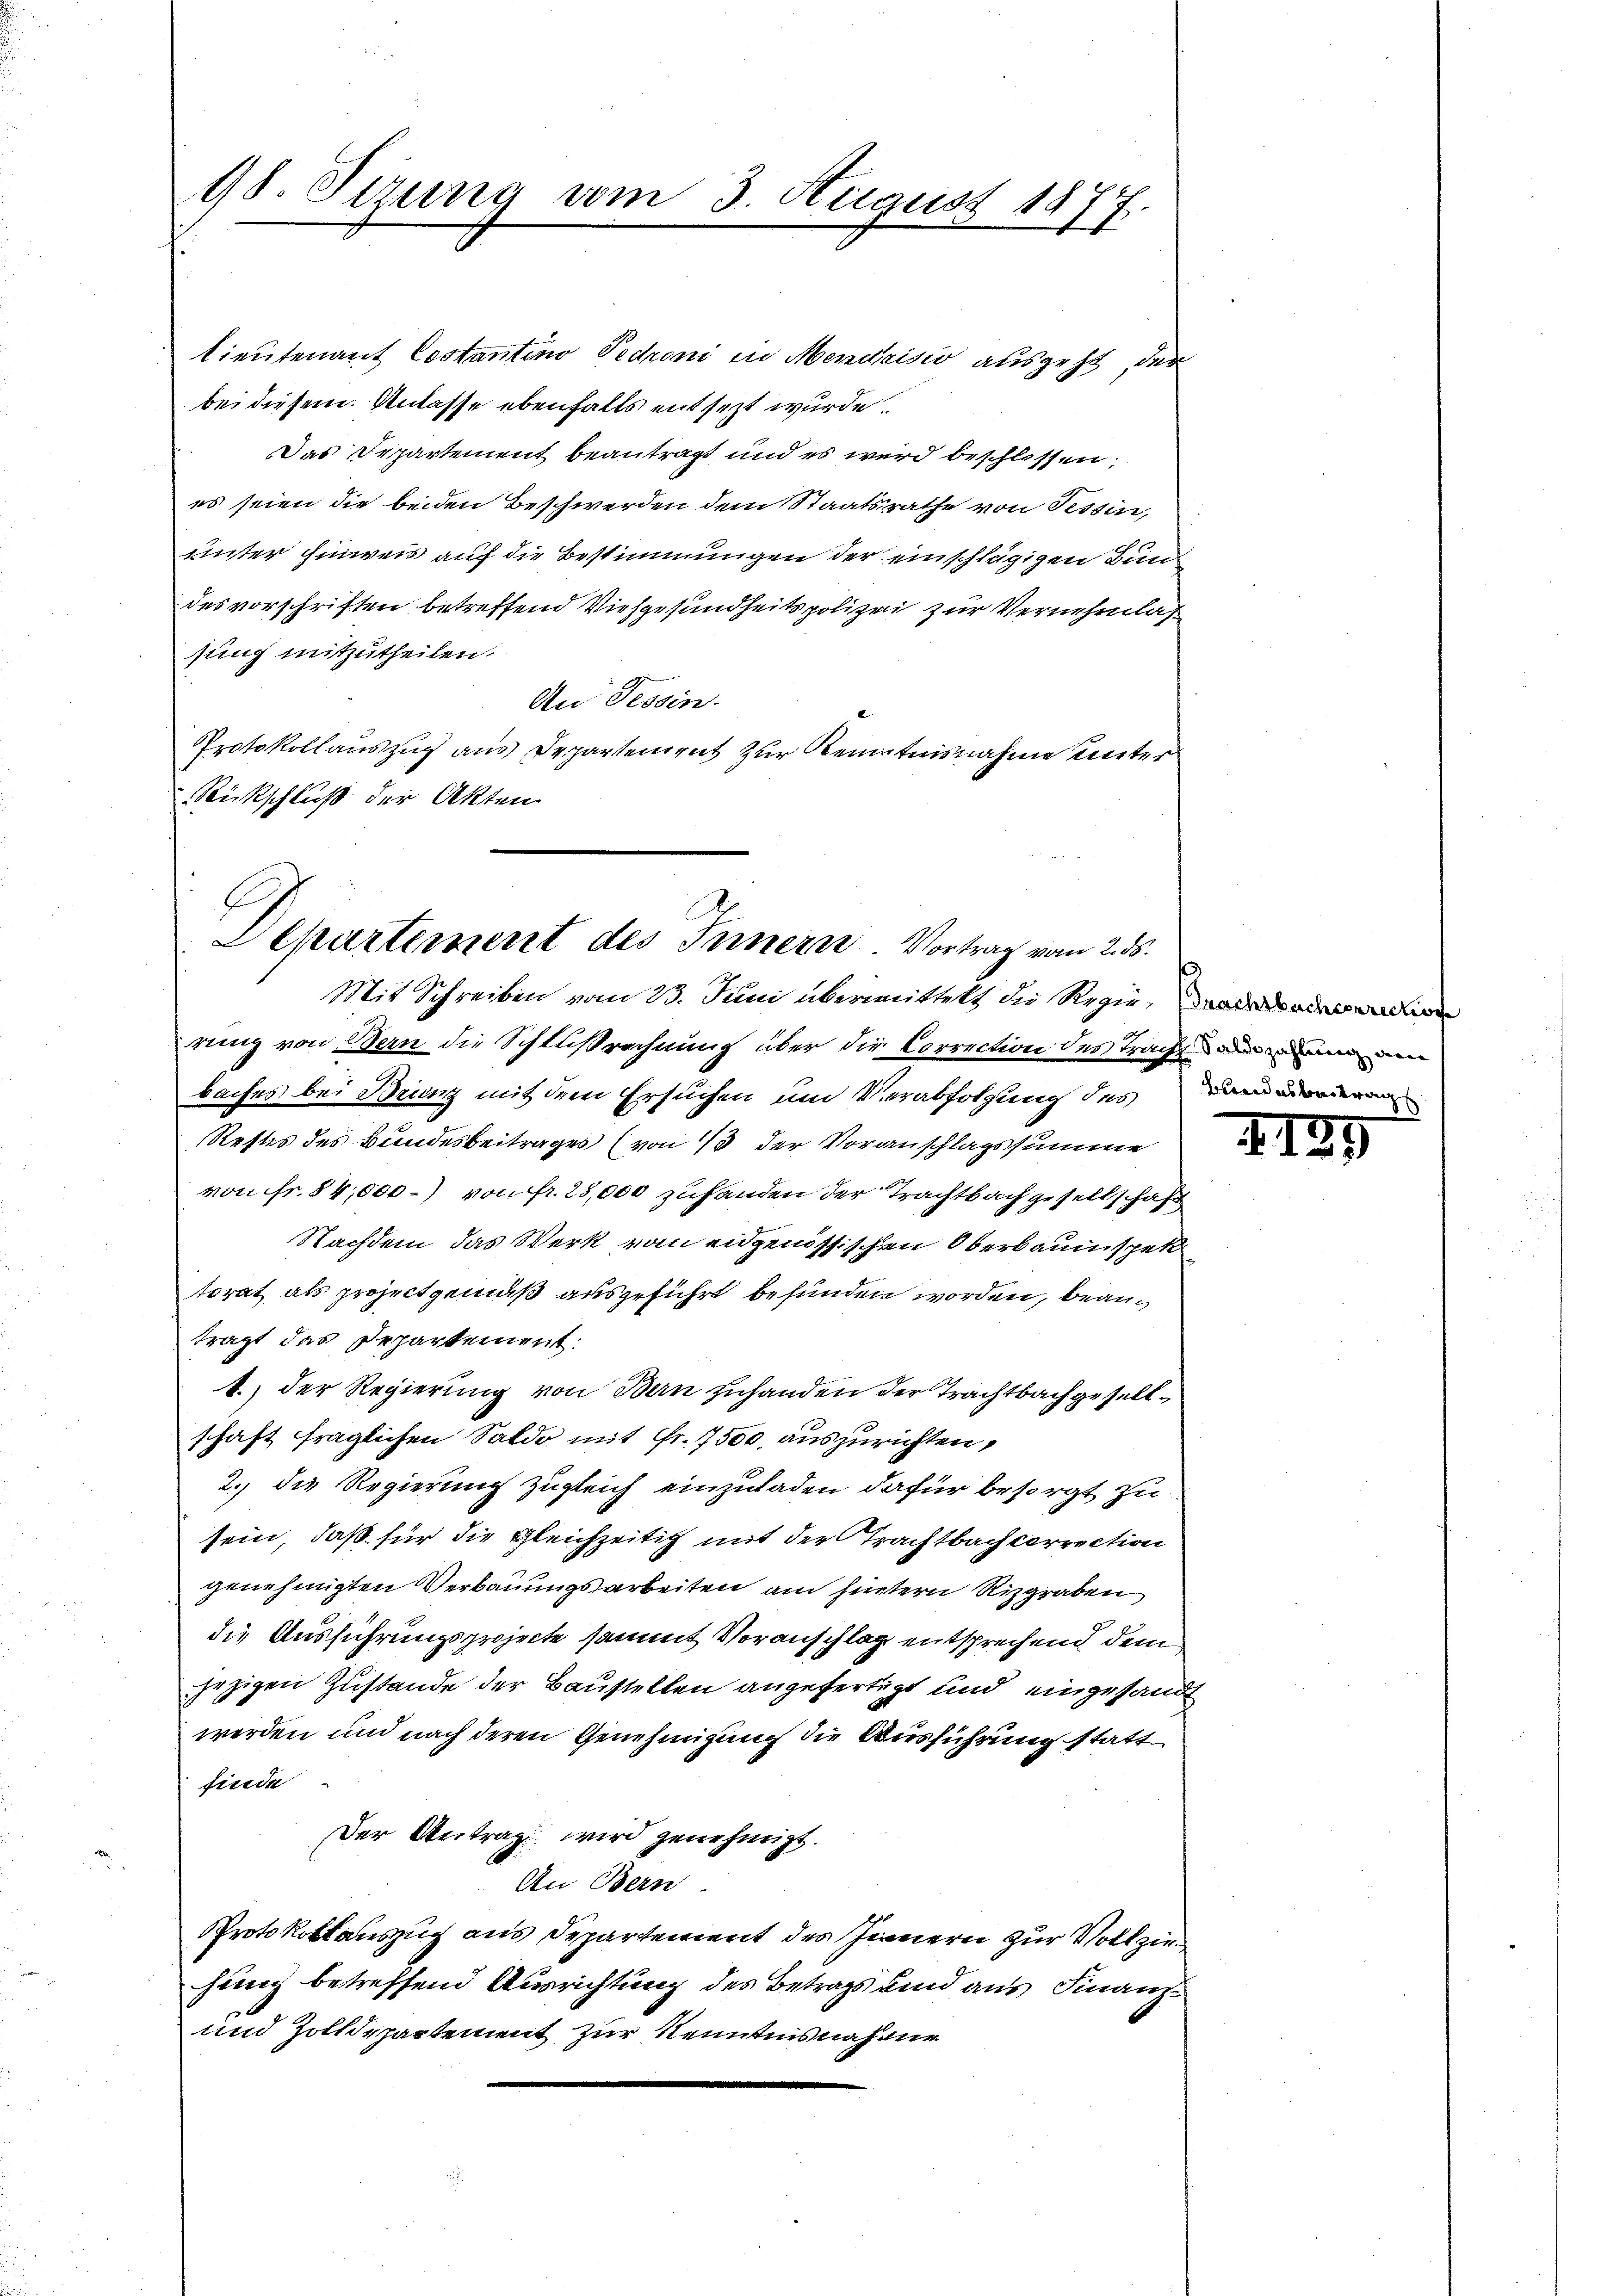
lieutenant Costantino Pedroni in Mendrisis ausgeht, der
bei diesem Anlasse ebenfalls entsezt wurde.
Das Departement beantragt und es wird beschlossen,
es seien die beiden Beschwerden dem Staatsrathe von Tessin,
unter Einweis auf die Bestimmungen der einschlägigen Bun
des vorschriften betreffend Viehgesundheitspolizei zur Vernehmlas
sung mitzutheilen.
An Tessin.
Protokollauszug aus Departement zur Kenntnisnahme unter
Rückschluß der Akten.

98. Sizung vom 3. August 1877.

C
Departement des Innern Vortrag vom 2. 55.

Mit Schreiben vom 23. Juni übermittelt die Regierung von Bern die Schlußrechnung über die Correction des Tracht an un
baches bei Brinz mit dem Ersuchen um Verabfolgung des
Restes des Bundesbeitrages (von 13 der Voranschlagssumme
von Fr. 84,000) von fr. 28,000 zuhanden der Trachtbach gesellschaft
Nachdem das Werk vom eidgenössischen Oberbaumspek
torat als project gemäß ausgeführt befunden worden, beanträgt das Departement.
1.) Der Regierung von Bern zuhanden der Trachtbachgesellschaft fraglichen Saldo mit Fr. 7500 auszurichten,
2. die Regierung zugleich einzuladen dafür besorgt zu
sein, daß für die gleichzeitig mit der Trachtbach correction
genehmigten Verbauungsarbeiten am hintern Rizgraben
die Ausführungsprojecte sammt Voranschlag entsprechend dem
jezigen Zustande der Baustellen angefertigt und eingesandt
werden und nach deren Genehmigung die Ausführung statt
finde
Der Antrag wird genehmigt.
An Bern
Protokollauszug aus Departement des Innern zur Vollziehung betreffend Ausrichtung des Betrags und aus Finanz¬
und Zolldepartement zur Kenntnisnahme

Bandesbeitrag

I